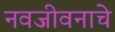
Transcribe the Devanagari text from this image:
नवजीवनाचे